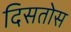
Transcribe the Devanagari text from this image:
दिसतोस